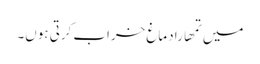
میں تمھارا دماغ خراب کرتی ہوں۔